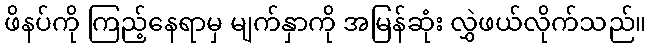
ဖိနပ်ကို ကြည့်နေရာမှ မျက်နှာကို အမြန်ဆုံး လွှဲဖယ်လိုက်သည်။